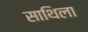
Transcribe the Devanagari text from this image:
साथिला